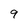
Character: 9